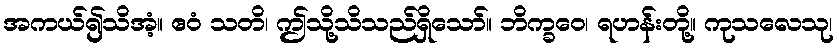
အကယ်၍သိအံ့။ ဧဝံ သတိ၊ ဤသို့သိသည်ရှိသော်။ ဘိက္ခဝေ၊ ရဟန်းတို့။ ကုသလေသု၊